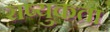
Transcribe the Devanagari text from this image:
राष्युकता